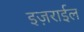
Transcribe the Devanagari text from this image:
इज़राईल